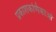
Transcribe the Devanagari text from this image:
प्रकाशकणिकाओं